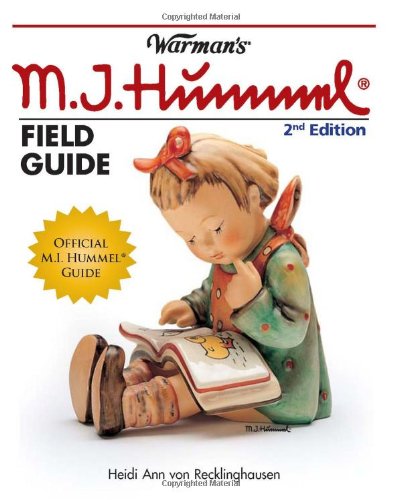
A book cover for Warman's Hummel Field Guide: Values and Identification (Warman's Field Guides); Heidi Ann Von Recklinghausen; Crafts, Hobbies & Home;